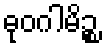
ဓုဝဂါမိဉ္စ